Vaccination in Bombay 1863-1868 - 1863-1868
Year: 1863
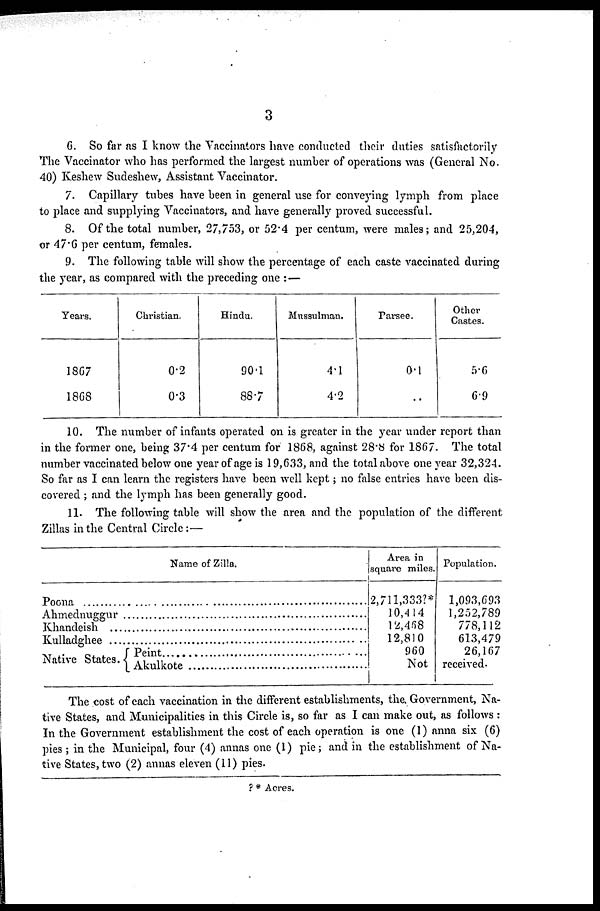
3
6. So far as I know the Vaccinators have conducted their duties satisfactorily
The Vaccinator who has performed the largest number of operations was (General No.
40) Keshew Sudeshew, Assistant Vaccinator.
7. Capillary tubes have been in general use for conveying lymph from place
to place and supplying Vaccinators, and have generally proved successful.
8. Of the total number, 27,753, or 52.4 per centum, were males; and 25,204,
or 47.6 per centum, females.
9. The following table will show the percentage of each caste vaccinated during
the year, as compared with the preceding one : —
Years.
1867
1868
Christian.
0.2
0.3
Hindu.
90.1
88.7
Mussulman.
4.1
4.2
Parsee.
0.1
..
Other
Castes.
5.6
6.9
10. The number of infants operated on is greater in the year under report than
in the former one, being 37.4 per centum for 1868, against 28.8 for 1867. The total
number vaccinated below one year of age is 19,633, and the total above one year 32,324.
So far as I can learn the registers have been well kept; no false entries have been dis-
covered ; and the lymph has been generally good.
11. The following table will show the area and the population of the different
Zillas in the Central Circle:—
Name of Zilla.
Poona ........................................
Ahmednuggur ....................................
Khandeish ....................................
Kulladghee ........................................
Native States. Peint ................................
Akulkote ............................
Area in
square miles.
2,711,333?*
10,414
12,468
12,810
960
Not
Population.
1,093,693
1,252,789
778,112
613,479
26,167
received.
The cost of each vaccination in the different establishments, the Government, Na-
tive States, and Municipalities in this Circle is, so far as I can make out, as follows :
In the Government establishment the cost of each operation is one (1) anna six (6)
pies ; in the Municipal, four (4) annas one (1) pie; and in the establishment of Na-
tive States, two (2) annas eleven (11) pies.
? * Acres.